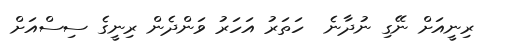
ރިނީއަށް ނޭގި ނުދާނެ  ހަތަރު އަހަރު ވަންދެން ރިނީގެ ސިސްއަށް